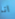
انا